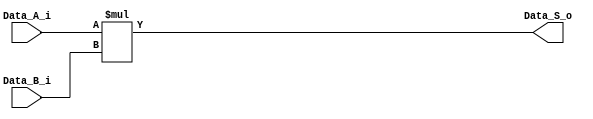
//==================================================================================================
//  Revision      : 
//  Company       : Instituto Tecnologico de Costa Rica
//
//  Description   : 
//
//
//==================================================================================================

`timescale 1ns / 1ps

module cmult
    //#(parameter SW = 24, parameter precision = 0)
    #(parameter SW = 24)
    (
  //  input wire clk,
    input wire [SW-1:0] Data_A_i,
    input wire [SW-1:0] Data_B_i,
    output reg [2*SW-1:0] Data_S_o
    );

always @* begin
    Data_S_o = Data_A_i *Data_B_i ;
end

endmodule